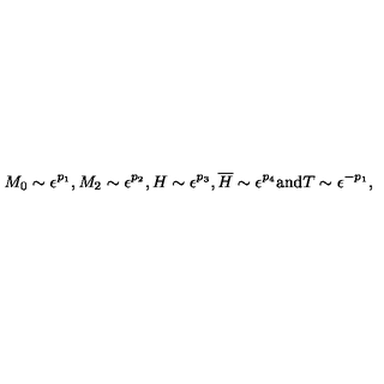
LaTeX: M _ { 0 } \sim \epsilon ^ { p _ { 1 } } , M _ { 2 } \sim \epsilon ^ { p _ { 2 } } , H \sim \epsilon ^ { p _ { 3 } } , \overline { { H } } \sim \epsilon ^ { p _ { 4 } } \mathrm { a n d } T \sim \epsilon ^ { - p _ { 1 } } ,